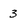
Character: 3